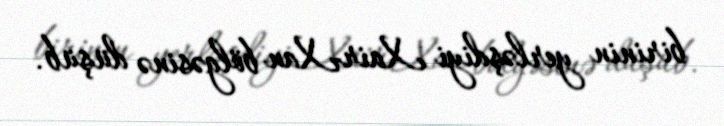
birinin yerləşdiyi Xair-Xan bölgəsinə düşüb.